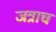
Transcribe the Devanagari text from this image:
जत्राच